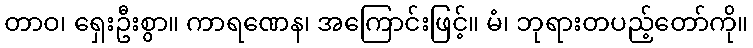
တာဝ၊ ရှေးဦးစွာ။ ကာရဏေန၊ အကြောင်းဖြင့်။ မံ၊ ဘုရားတပည့်တော်ကို။